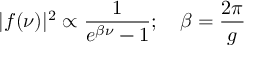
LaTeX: \vert f ( \nu ) \vert ^ { 2 } \propto { \frac { 1 } { e ^ { \beta \nu } - 1 } } ; \quad \beta = { \frac { 2 \pi } { g } }